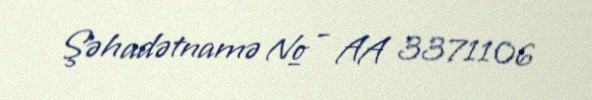
Şəhadətnamə № - AA 3371106